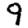
Digit: 9